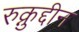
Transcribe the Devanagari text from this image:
रुक्नुद्दीन